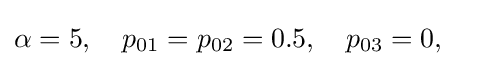
\alpha =5,\quad p_{01}=p_{02}=0.5,\quad p_{03}=0,\quad